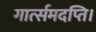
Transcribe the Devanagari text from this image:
गार्त्समदप्ति।